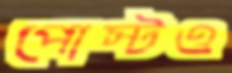
পোস্টও